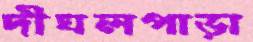
দীঘলপাড়া